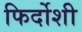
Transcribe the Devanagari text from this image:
फिर्दोशी